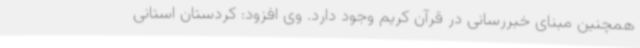
همچنین مبنای خبررسانی در قرآن کریم وجود دارد. وی افزود: کردستان استانی